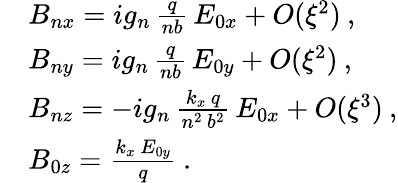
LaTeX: \begin{array}{rl}&{B_{nx}=ig_{n}\, \frac{q}{nb}\, E_{0x}+O(\xi^{2})\: ,}\\ &{B_{ny}=ig_{n}\, \frac{q}{nb}\, E_{0y}+O(\xi^{2})\: ,}\\ &{B_{nz}=-ig_{n}\, \frac{k_{x}\, q}{n^{2}\, b^{2}}\, E_{0x}+O(\xi^{3})\: ,}\\ &{B_{0z}=\frac{k_{x}\, E_{0y}}{q}\: .}\end{array}